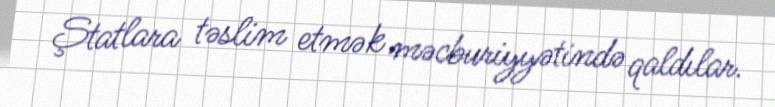
Ştatlara təslim etmək məcburiyyətində qaldılar.